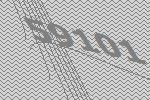
59101